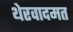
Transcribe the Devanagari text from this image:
थेरवादमत